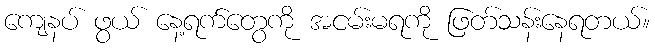
ကျေနပ် ဖွယ် နေ့ရက်တွေကို အငမ်းမရကို ဖြတ်သန်းနေရတယ်။